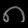
Digit: ၈